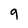
Character: 9